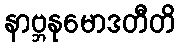
နာဗ္ဘနုမောဒတီတိ